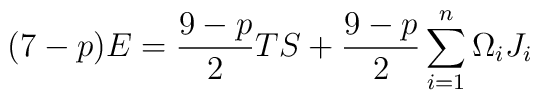
(7-p) E = \frac{9-p}{2} TS + \frac{9-p}{2} \sum_{i=1}^n \Omega_iJ_i